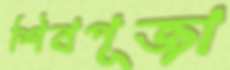
শিবপূজা